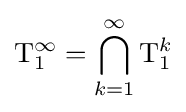
\mathrm {T} _{1}^{\infty }=\bigcap _{k=1}^{\infty }\mathrm {T} _{1}^{k}